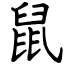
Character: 鼠